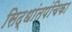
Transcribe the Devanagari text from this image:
सिद्धांतपंचिका